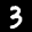
Label: 3